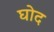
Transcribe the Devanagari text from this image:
घोद